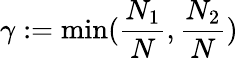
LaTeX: \gamma:=\operatorname*{min}(\frac{N_{1}}{N},\frac{N_{2}}{N})